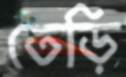
তেড়ি